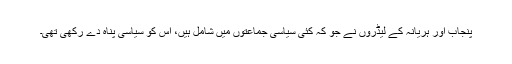
پنجاب اور ہریانہ کے لیڈروں نے جو کہ کئی سیاسی جماعتوں میں شامل ہیں، اس کو سیاسی پناہ دے رکھی تھی۔